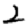
Digit: 2